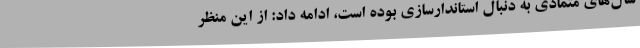
سال‌های متمادی به دنبال استاندارسازی بوده است، ادامه داد: از این منظر